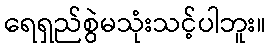
ရေရှည်စွဲမသုံးသင့်ပါဘူး။